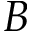
B